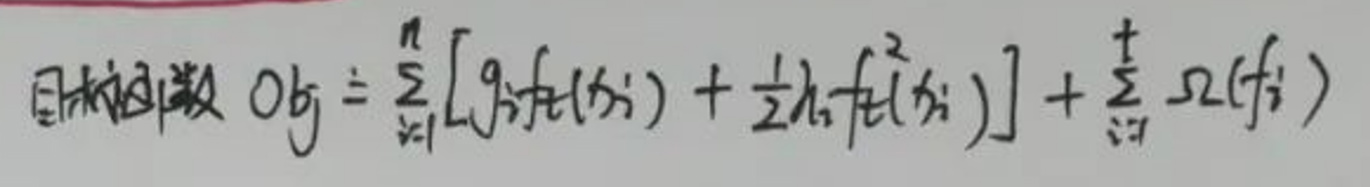
目标函数$ \ Obj=\sum_{i = 1}^{n}\left[g_{i}f_{t}(x_{i})+\frac{1}{2}h_{i}f_{t}^{2}(x_{i})\right]+\sum_{i = 1}^{t}\Omega(f_{i})$